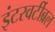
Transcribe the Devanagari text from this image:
इंटरवर्टीब्रल